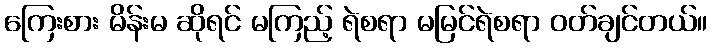
ကြေးစား မိန်းမ ဆိုရင် မကြည့် ရဲစရာ မမြင်ရဲစရာ ဝတ်ချင်တယ်။